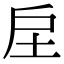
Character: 𢨫